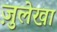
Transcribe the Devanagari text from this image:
ज़ुलेखा